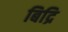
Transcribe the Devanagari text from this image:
बिद्रि